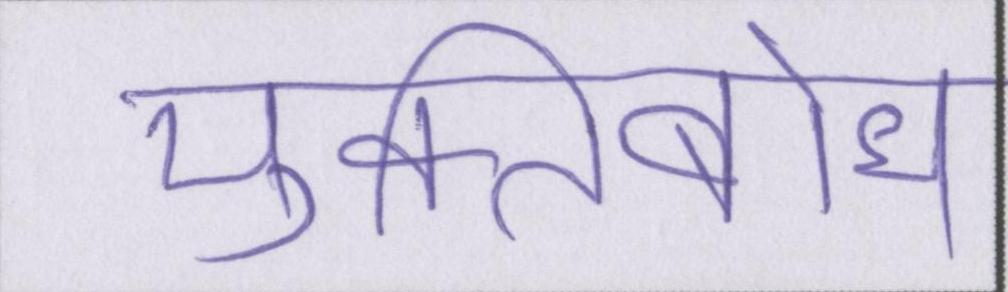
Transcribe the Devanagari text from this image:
मुक्तिबोध